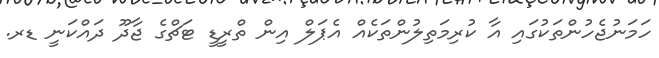
ހަމަނުޖެހުންތަކުގައި އާ ކުރިމަތިލުންތަކެއް އެޕަލް އިން ތްރީޑީ ޓަޗްގެ ޖާދޫ ދައްކަނީ ޑރ.